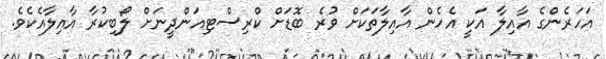
އަހަރެންގެ އާއިލާ އަކީ އެހެން އާއިލާތަކަށް ވުރެ ބޮޑަށް ކްރިސްޓިއަންދީނަށް ލޯބިކުރާ އާއިލާއެކެވެ.